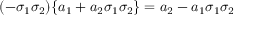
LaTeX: ( - \sigma _ { 1 } \sigma _ { 2 } ) \{ a _ { 1 } + a _ { 2 } \sigma _ { 1 } \sigma _ { 2 } \} = a _ { 2 } - a _ { 1 } \sigma _ { 1 } \sigma _ { 2 }